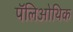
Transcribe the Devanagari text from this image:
पॅलिओथिक